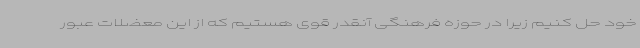
خود حل کنیم زیرا در حوزه فرهنگی آنقدر قوی هستیم که از این معضلات عبور